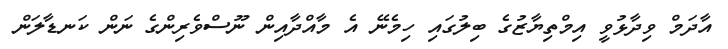
އާދަމް ވިދާޅުވީ އިމްތިޔާޒުގެ ބިލުގައި ހިމެނޭ އެ މާއްދާއިން ނޫސްވެރިންގެ ނަން ކަނޑާލަން